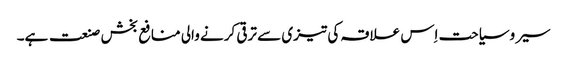
سیر وسیاحت اِس علاقہ کی تیزی سے ترقی کرنے والی منافع بخش صنعت ہے۔